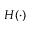
H ( \cdot )